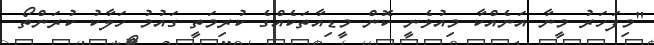
"މިފަހަރު މީނާ އަނެއްކާ މިއުޅެނީ ކޮން މީޑިއާތަކެއްގެ ކުރިމަތީ ގައުމު ހަލާކު ކުރަންތޯ